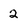
Character: 2